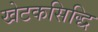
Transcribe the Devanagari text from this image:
खेटकसिद्धि